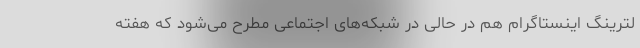
لترینگ اینستاگرام هم در حالی در شبکه‌های اجتماعی مطرح می‌شود که هفته